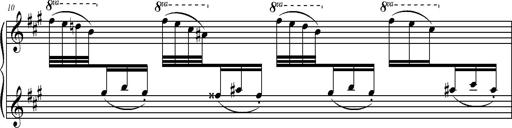
Title: 2 LÃ©gendes
Composer: Franz Liszt